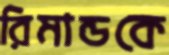
রিমান্ডকে